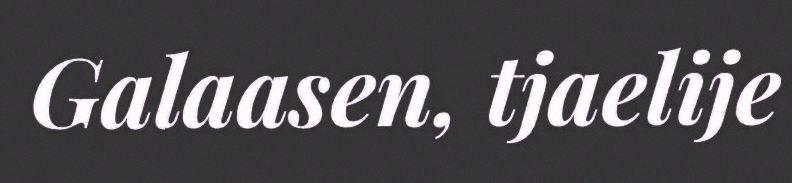
Galaasen, tjaelije